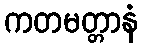
ကတမတ္တာနံ